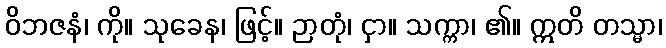
ဝိဘဇနံ၊ ကို။ သုခေန၊ ဖြင့်။ ဉာတုံ၊ ငှာ။ သက္ကာ၊ ၏။ ဣတိ တသ္မာ၊